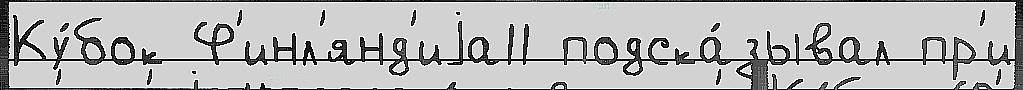
Ку́бок Ф'инл'янд'иjа11 подска́зывал пр'и